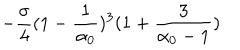
- \frac { \sigma } { 4 } ( 1 - \frac { 1 } { \alpha _ { 0 } } ) ^ { 3 } ( 1 + \frac { 3 } { \alpha _ { 0 } - 1 } )